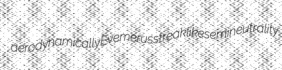
aerodynamically Evemerus streaklike semineutrality